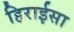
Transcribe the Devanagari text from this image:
हिराईसा